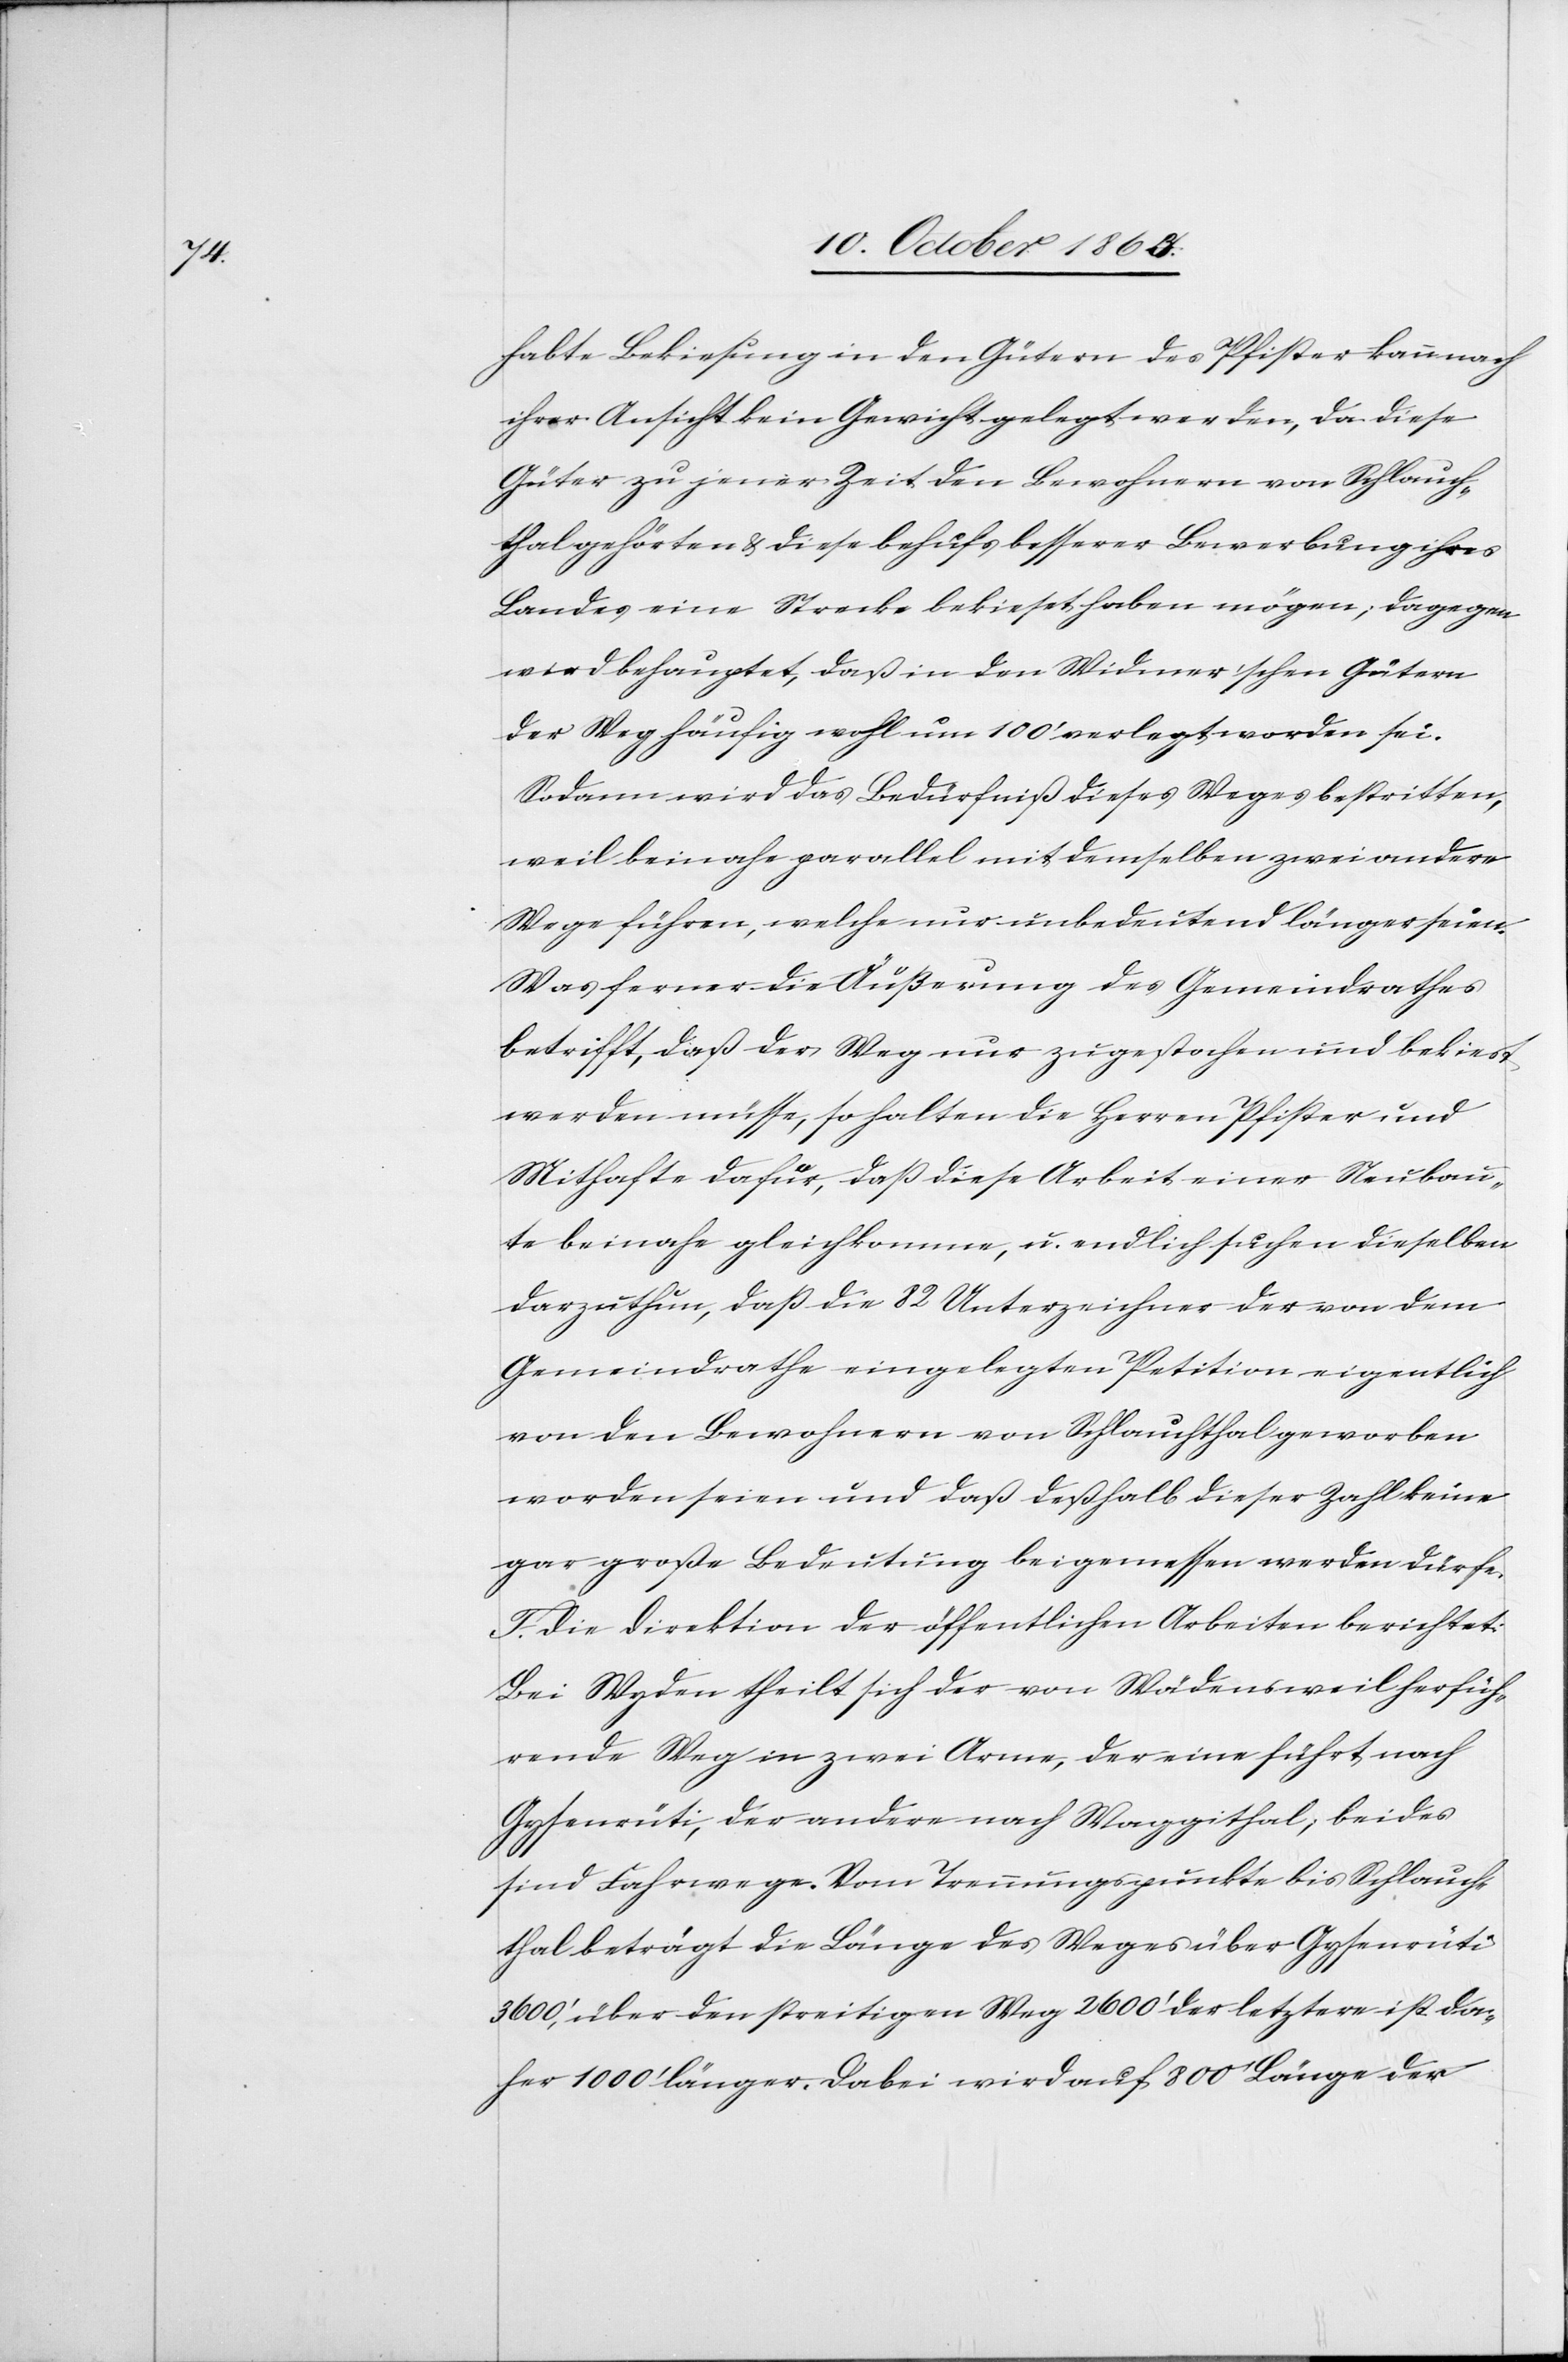
habte Bekiesung in den Gütern des Pfister kann nach
ihrer Ansicht kein Gewicht gelegt werden, da diese
Güter zu jener Zeit den Bewohnern von Schlauch¬
thal gehörten & diese behufs besserer Bewerbung ihres
Landes eine Strecke bekieset haben mögen; dagegen
wird behauptet, daß in den Widmer'schen Gütern
der Weg häufig wohl um 100' verlegt worden sei.
Sodann wird das Bedürfniß dieses Weges bestritten,
weil beinahe parallel mit demselben zwei andere
Wege führen, welche nur unbedeutend länger seien.
Was ferner die Äußerung des Gemeindrathes
betrifft, daß der Weg nur zugestochen und bekiest
werden müsse, so halten die Herren Pfister und
Mithafte dafür, daß diese Arbeit einer Neubau¬
te beinahe gleichkomme, u. endlich suchen dieselben
darzuthun, daß die 82 Unterzeichner der von dem
Gemeindrathe eingelegten Petition eigentlich
von den Bewohnern von Schlauchthal geworben
worden seien und daß deßhalb dieser Zahl keine
gar große Bedeutung beigemessen werden dürfe.
F. Die Direktion der öffentlichen Arbeiten berichtet:
Bei Wyden theilt sich der von Wädensweil herfüh¬
rende Weg in zwei Arme, der eine führt nach
Gysenrüti, der andere nach Waggithal, beides
sind Fahrwege. Vom Trennungspunkte bis Schlauch¬
thal beträgt die Länge des Weges über Gysenrüti
3600', über den streitigen Weg 2600' der letztere ist da¬
her 1000' länger. Dabei wird auf 800' Länge der